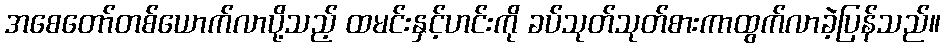
အစေတော်တစ်ယောက်လာပို့သည့် ထမင်းနှင့်ဟင်းကို ခပ်သုတ်သုတ်စားကာထွက်လာခဲ့ပြန်သည်။